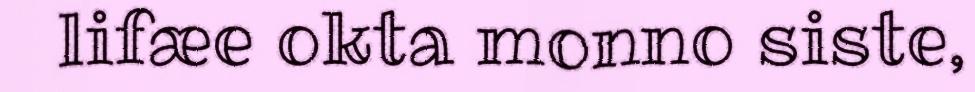
lifæe okta monno siste,